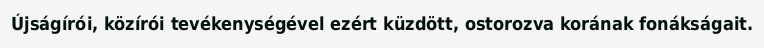
Újságírói, közírói tevékenységével ezért küzdött, ostorozva korának fonákságait.